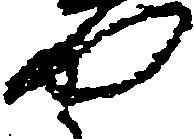
や